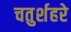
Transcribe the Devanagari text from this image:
चतुर्शहरे